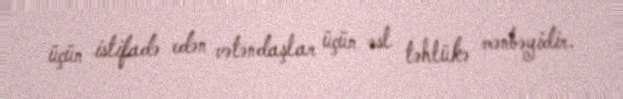
üçün istifadə edən vətəndaşlar üçün əsl təhlükə mənbəyidir.